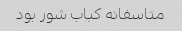
متاسفانه کباب شور بود